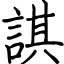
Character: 諆